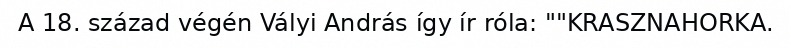
A 18. század végén Vályi András így ír róla: ""KRASZNAHORKA.